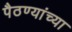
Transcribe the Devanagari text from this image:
पैठण्यांच्या